Report of the Bombay Veterinary College
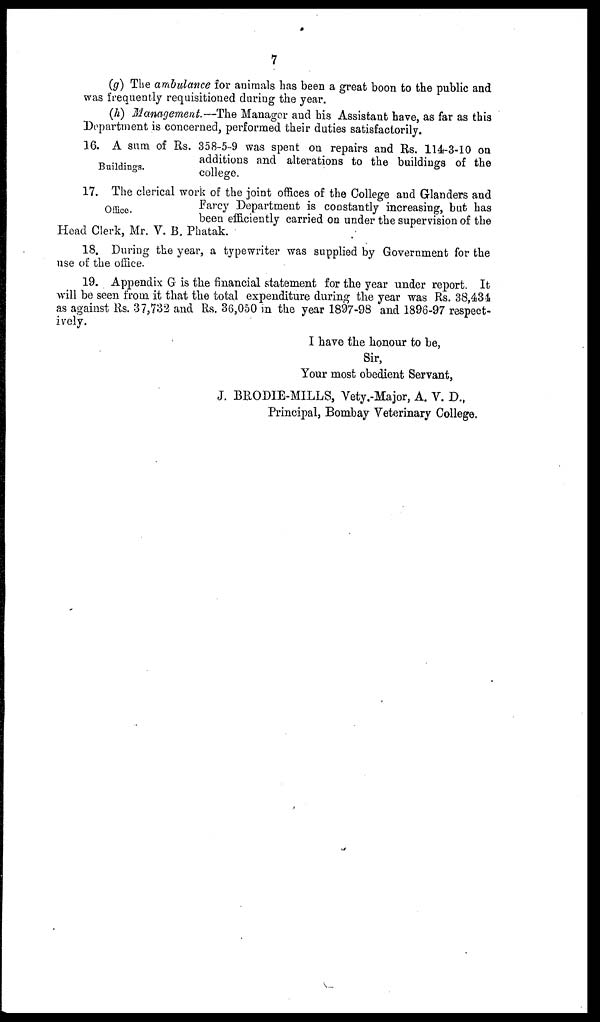
7
(g) The ambulance for animals has been a great boon to the public and
was frequently requisitioned during the year.
(h) Management.—The Manager and his Assistant have, as far as this
Department is concerned, performed their duties satisfactorily.
Buildings.
16. A sum of Rs. 358-5-9 was spent on repairs and Rs. 114-3-10 on
additions and alterations to the buildings of the
college.
Office.
17. The clerical work of the joint offices of the College and Glanders and
Farcy Department is constantly increasing, but has
been efficiently carried on under the supervision of the
Head Clerk, Mr. V. B. Phatak.
18. During the year, a typewriter was supplied by Government for the
use of the office.
19. Appendix G is the financial statement for the year under report. It
will be seen from it that the total expenditure during the year was Rs. 38,434
as against Rs. 37,732 and Rs. 36,050 in the year 1897-98 and 1896-97 respect-
ively.
I have the honour to be,
Sir,
Your most obedient Servant,
J. BRODIE-MILLS, Vety.-Major, A. V. D.,
Principal, Bombay Veterinary College.